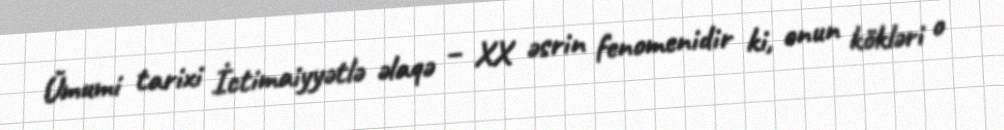
Ümumi tarixi İctimaiyyətlə əlaqə – XX əsrin fenomenidir ki, onun kökləri o